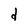
Character: d